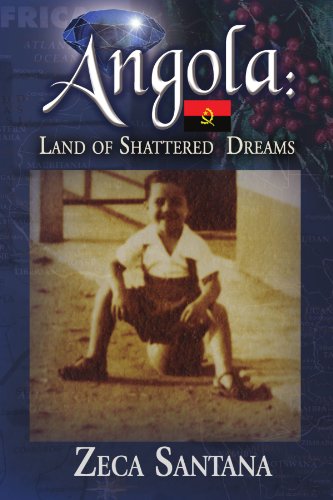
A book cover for Angola: Land of Shattered Dreams; Zeca Santana; Travel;